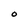
Character: O